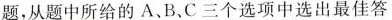
题,从题中所给的 A、B、C 三个选项中选出最佳答